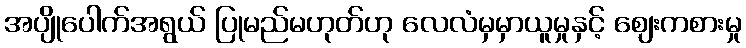
အပျိုပေါက်အရွယ် ပြုမည်မဟုတ်ဟု လေလံမှမှာယူမှုနှင့် ဈေးကစားမှု